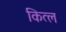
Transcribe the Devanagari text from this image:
कित्ल